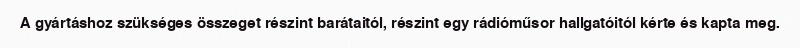
A gyártáshoz szükséges összeget részint barátaitól, részint egy rádióműsor hallgatóitól kérte és kapta meg.